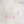
مالينا